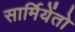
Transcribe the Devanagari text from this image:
सार्मियेंतो